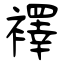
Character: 襗